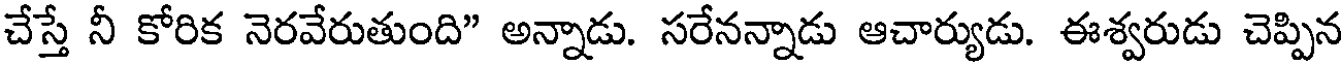
చేస్తే నీ కోరిక నెరవేరుతుంది" అన్నాడు. సరేనన్నాడు ఆచార్యుడు. ఈశ్వరుడు చెప్పిన